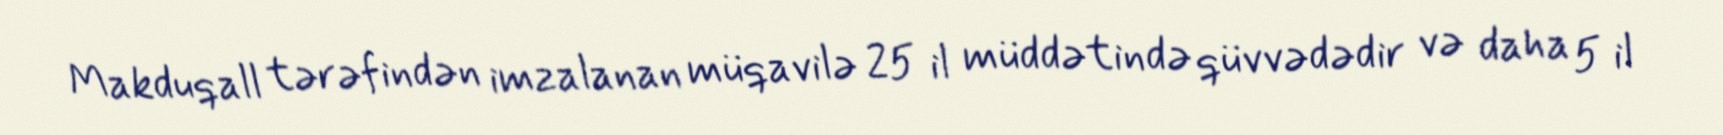
Makduqall tərəfindən imzalanan müqavilə 25 il müddətində qüvvədədir və daha 5 il